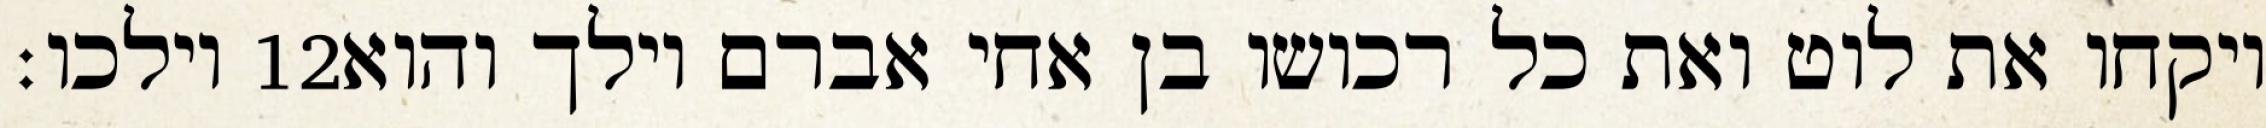
וילכו׃ ‎12‏ ויקחו את לוט ואת כל רכושו בן אחי אברם וילך והוא